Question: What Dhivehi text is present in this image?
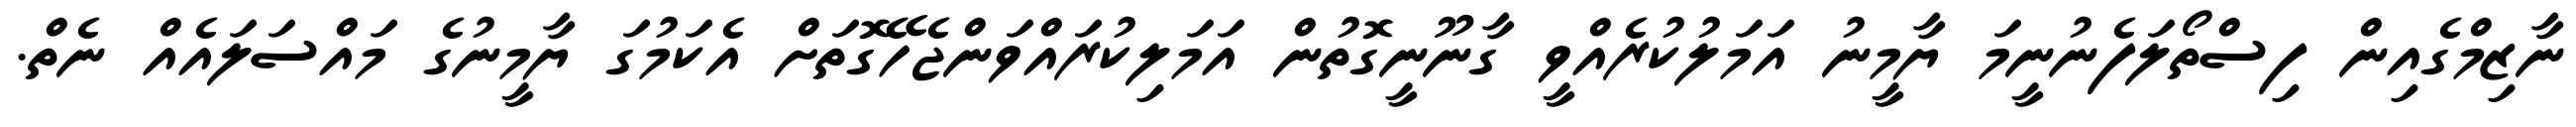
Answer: ނާޒިމްގެއިން ފިސްތޯލަފެނުނީމަ ޔާމީނު އަމަލުކުރެއްވީ ގާނޫނީގޮތުން އަމަލިކުރައްވަންޖެހޭގޮތަށް އެކަމުގަ ޔާމީނުގެ މައްސަލައެއް ނެތް.